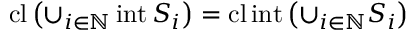
\operatorname { c l } \left( \cup _ { i \in \mathbb { N } } \operatorname { i n t } S _ { i } \right) = \operatorname { c l } \operatorname { i n t } \left( \cup _ { i \in \mathbb { N } } S _ { i } \right)